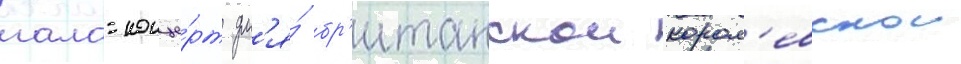
гала-конце́рт дл'я́ бр'итанскои корол'евскои